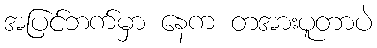
အပြင်ဘက်မှာ နေက တအားပူတာပဲ